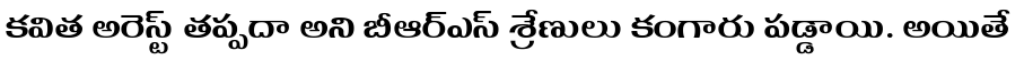
కవిత అరెస్ట్ తప్పదా అని బీఆర్ఎస్ శ్రేణులు కంగారు పడ్డాయి. అయితే